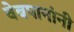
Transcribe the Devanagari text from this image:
वेबपानांनी